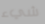
شيء